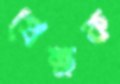
প্রেক্ষক